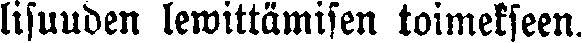
lisuuden lewittämisen toimekseen.